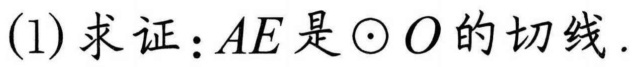
(1)求证：$AE$是$\odot O$的切线.